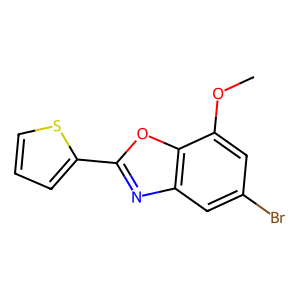
SMILES: COc1cc(Br)cc2nc(-c3cccs3)oc12
Inhibits HIV replication: No